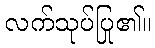
လက်သုပ်ပြု၏။